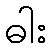
ဓါး